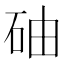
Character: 𥑤